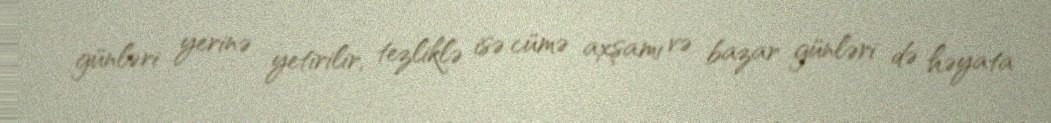
günləri yerinə yetirilir, tezliklə isə cümə axşamı və bazar günləri də həyata